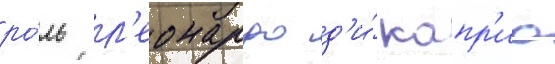
ро́ль л'еонардо д'и́ капр'ио